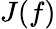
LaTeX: J(f)